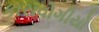
કારાવોગીયો